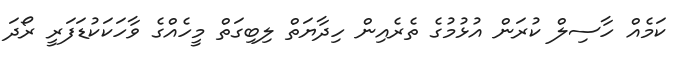
ކަމެއް ހާސިލް ކުރަން އުޅުމުގެ ތެރެއިން ހިދާޔަތް ލިބިގަތް މީހެއްގެ ވާހަކަކުޑަފަރީ ރޯދަ